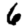
Digit: 6